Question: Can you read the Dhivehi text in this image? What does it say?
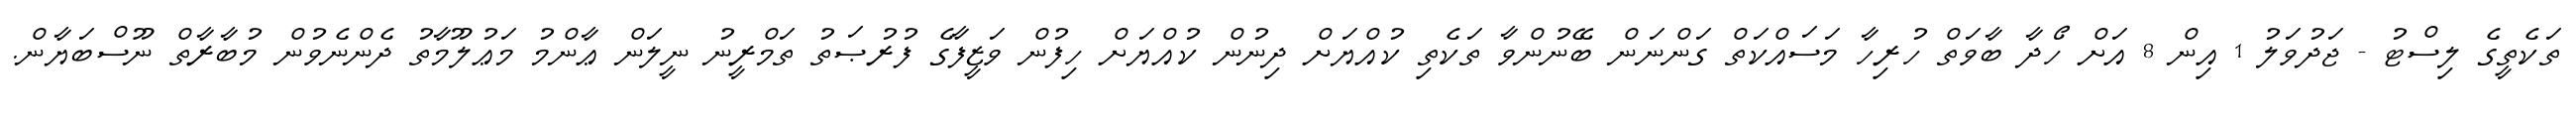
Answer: ތަކެތީގެ ލިސްޓު - ޖަދުވަލު 1 އިން 8 އަށް ހޯދާ ބާވަތް ހުރިހާ މަސައްކަތް ގަންނަން ބޭނުންވާ ތަކެތި ކުއްޔަށް ދިނުން ކުއްޔަށް ހިފުން ވަޒީފާގެ ފުރުޞަތު ތަމްރީނު ނީލަން ޢާންމު މަޢުލޫމާތު ދެންނެވުން މުބާރާތް ނޫސްބަޔާން.